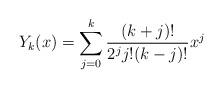
LaTeX: \begin{align*}Y_k(x) = \sum_{j=0}^k \frac{(k+j)!}{2^jj!(k-j)!}x^j\end{align*}